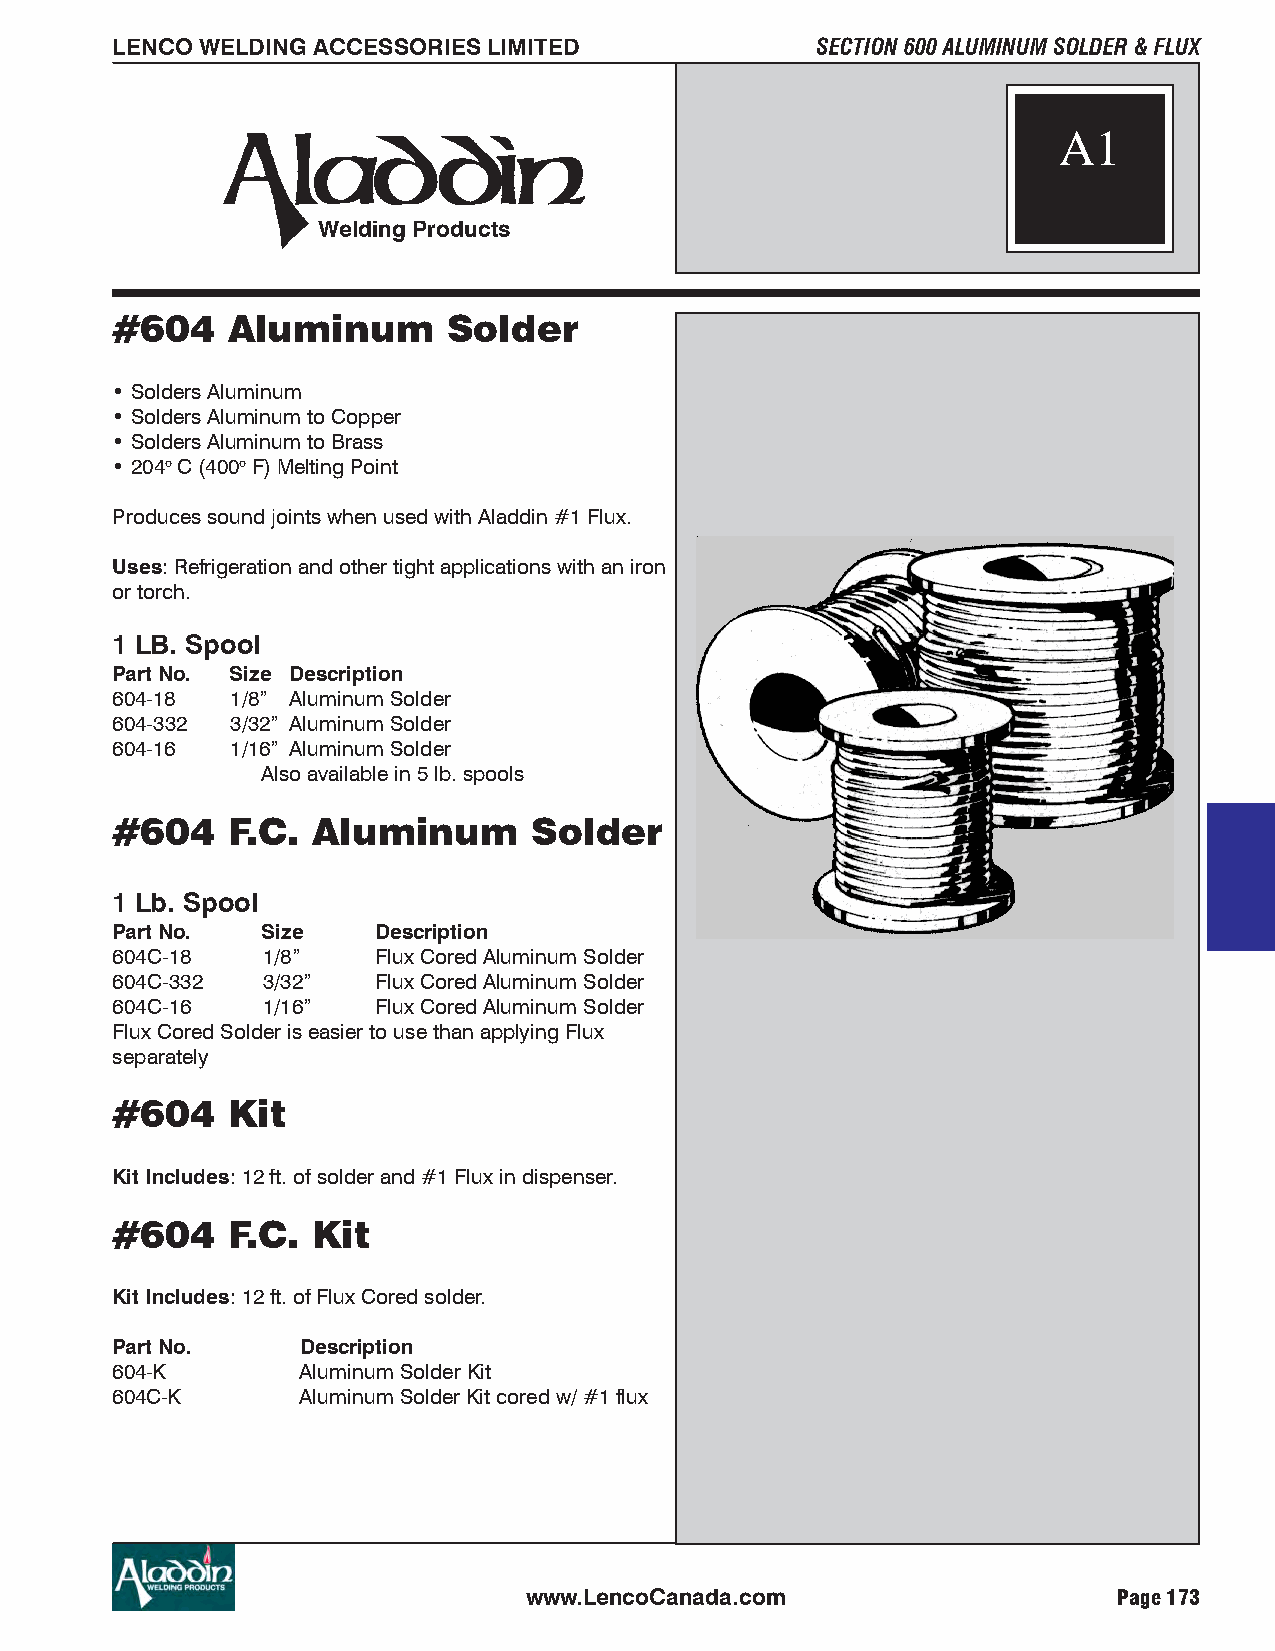
LENCO WELDING ACCESSORIES LIMITED              SECTION 600 ALUMINUM SOLDER & FLUX
 A1
 Welding Products
 #604    Aluminum       Solder
 • Solders Aluminum
 • Solders Aluminum to Copper
 • Solders Aluminum to Brass
 • 204o C (400o F) Melting Point
 Produces sound joints when used with Aladdin #1 Flux.
 Uses: Refrigeration and other tight applications with an iron
 or torch.
 1 LB. Spool
 Part No. Size Description
 604-18  1/8” Aluminum Solder
 604-332 3/32” Aluminum Solder
 604-16  1/16” Aluminum Solder
 Also available in 5 lb. spools
 #604    F.C.  Aluminum      Solder
 1 Lb. Spool
 Part No.  Size    Description
 604C-18   1/8”    Flux Cored Aluminum Solder
 604C-332  3/32”   Flux Cored Aluminum Solder
 604C-16   1/16”   Flux Cored Aluminum Solder
 Flux Cored Solder is easier to use than applying Flux
 separately
 #604    Kit
 Kit Includes: 12 ft. of solder and #1 Flux in dispenser.
 #604    F.C.  Kit
 Kit Includes: 12 ft. of Flux Cored solder.
 Part No.     Description
 604-K        Aluminum Solder Kit
 604C-K       Aluminum Solder Kit cored w/ #1 flux
 www.LencoCanada.com                    Page 173